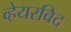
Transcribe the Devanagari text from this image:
व्हेयरविद